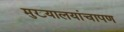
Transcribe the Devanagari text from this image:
मुख्यालयांचापण